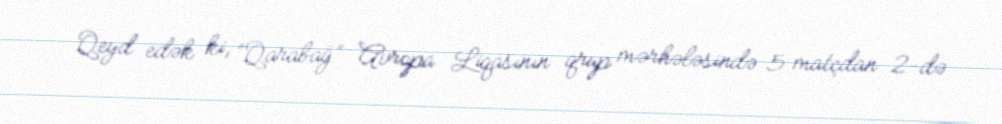
Qeyd edək ki, “Qarabağ” Avropa Liqasının qrup mərhələsində 5 matçdan 2-də